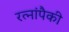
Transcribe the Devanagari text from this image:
रत्नांपैकी